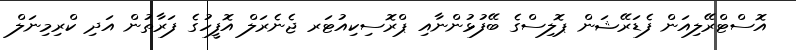
އޮސްޓްރޭލިއަން ފެޑަރޭޝަން ޕޮލިސްގެ ބޭފުޅުންނާއި ޕްރޮސިކިއުޓަރ ޖެނެރަލް އޮފީހުގެ ފަރާތުން އަދި ކްރިމިނަލް